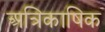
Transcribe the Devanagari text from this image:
अत्रिकाषिक